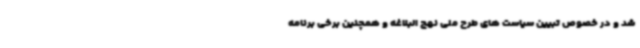
شد و در خصوص تبیین سیاست های طرح ملی نهج البلاغه و همچنین برخی برنامه